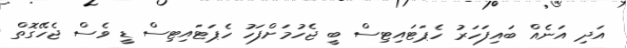
އަދި އަނެއް ބައިފަހަރު ހެޕަޓައިޓިސް ބީ ޖެހުމަށްފަހު ހެޕަޓައިޓިސް ޑީ ވެސް ޖެހޭގޮތް